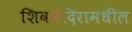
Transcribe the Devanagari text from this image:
शिवमंदिरामधील